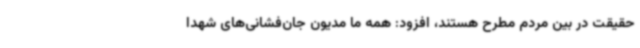
حقیقت در بین مردم مطرح هستند، افزود: همه ما مدیون جان‌فشانی‌های شهدا